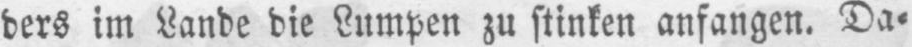
ders im Lande die Lumpen zu stinken anfangen. Da⸗